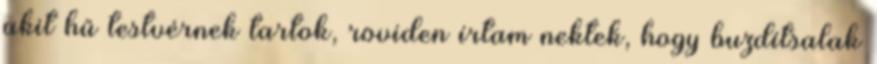
akit hű testvérnek tartok, röviden írtam nektek, hogy buzdítsalak